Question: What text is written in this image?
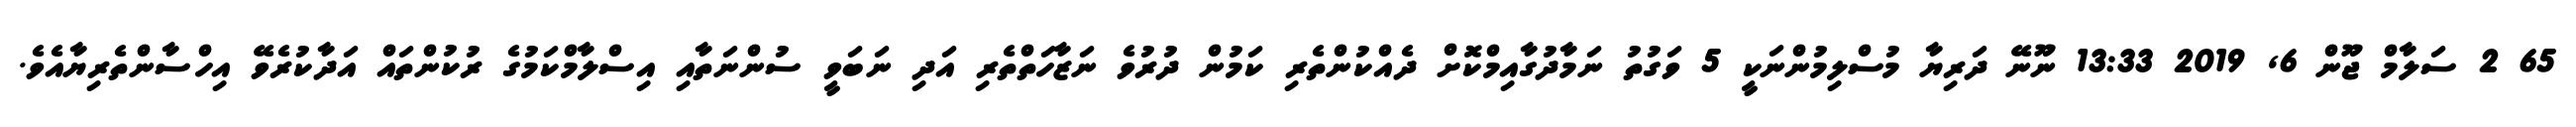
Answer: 65 2 ސަލާމް ޖޫން 6, 2019 13:33 ނޫނޭ ދަރިޔާ މުސްލިމުންނަކީ 5 ވަގުތު ނަމާދުގާއިމްކޮށް ދެއްކުންތެރި ކަމުން ދުރުވެ ނަޒާހަތްތެރި އަދި ނަބަވީ ސުންނަތާއި އިސްލާމްކަމުގެ ރުކުންތައް އަދާކުރެވޭ އިހްސާންތެރިޔާއެވެ.